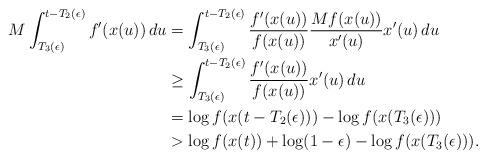
LaTeX: \begin{align*}M \int_{T_3(\epsilon)}^{t-T_2(\epsilon)} f'(x(u)) \,du&= \int_{T_3(\epsilon)}^{t-T_2(\epsilon)} \frac{f'(x(u))}{f(x(u))} \frac{Mf(x(u))}{x'(u)}x'(u)\,du\\&\geq \int_{T_3(\epsilon)}^{t-T_2(\epsilon)} \frac{f'(x(u))}{f(x(u))} x'(u)\,du\\&=\log f(x(t-T_2(\epsilon)))-\log f(x(T_3(\epsilon)))\\&>\log f(x(t))+\log (1-\epsilon) -\log f(x(T_3(\epsilon))). \end{align*}